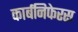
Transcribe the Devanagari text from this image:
कार्बनिफेरस